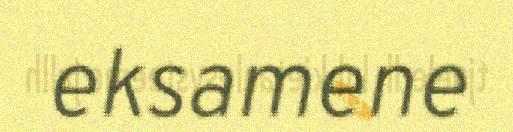
eksamene